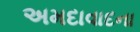
અમદાવાદના